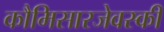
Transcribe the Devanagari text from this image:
कौमिसारजेवस्की